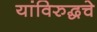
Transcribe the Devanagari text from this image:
यांविरुद्धचे